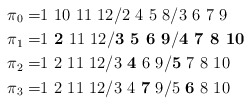
\begin{align*}\pi_0 =&1\ 10\ 11\ 12 / 2\ 4\ 5\ 8/ 3\ 6\ 7\ 9\\\pi_1 =& 1\ \textbf{2}\ 11\ 12 / \textbf{3\ 5\ 6\ 9}/ \textbf{4\ 7\ 8\ 10}\\\pi_2 =& 1\ 2\ 11\ 12 / 3\ \textbf{4}\ 6\ 9/ \textbf{5}\ 7\ 8\ 10\\\pi_3 =& 1\ 2\ 11\ 12 / 3\ 4\ \textbf{7}\ 9/ 5\ \textbf{6}\ 8\ 10\end{align*}